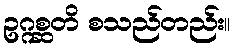
ဥဂ္ဂစ္ဆတိ စသည်တည်း။